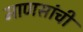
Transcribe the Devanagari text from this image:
माणसांचीं